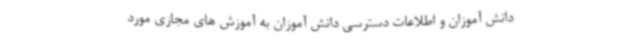
دانش آموزان و اطلاعات دسترسی دانش آموزان به آموزش های مجازی مورد